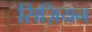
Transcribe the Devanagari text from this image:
सिज़ियन